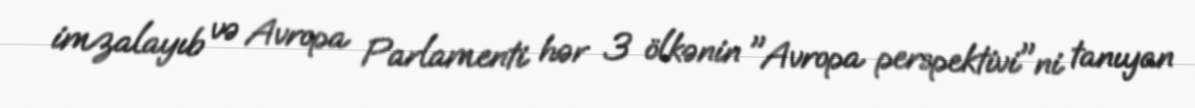
imzalayıb və Avropa Parlamenti hər 3 ölkənin "Avropa perspektivi"ni tanıyan